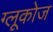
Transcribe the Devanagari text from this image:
ग्‍लूकोज